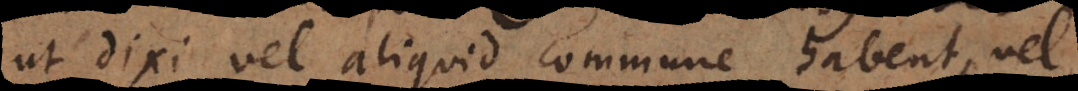
ut dixi vel aliquid commune habent, vel